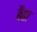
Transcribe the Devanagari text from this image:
बैढा